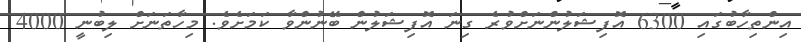
އިންތިހާބުގައި 6300 އޮފިޝަލުންނަށްވުރެ ގިނަ އޮފިޝަލުން ބޭނުންވާ ކަމަށެވެ. މިހާތަނަށް ލިބުނީ 4000